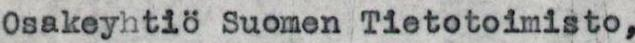
Osakeyhtiö Suomen Tietotoimisto,